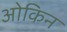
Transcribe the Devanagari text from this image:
ओकिन